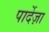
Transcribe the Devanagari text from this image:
पार्देज़ा